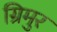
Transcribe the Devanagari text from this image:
ग्रिमुर